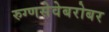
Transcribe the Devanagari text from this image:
रुग्णसेवेबरोबर